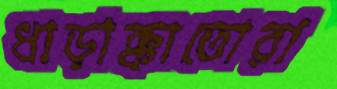
ধাড়াক্কাতোরা